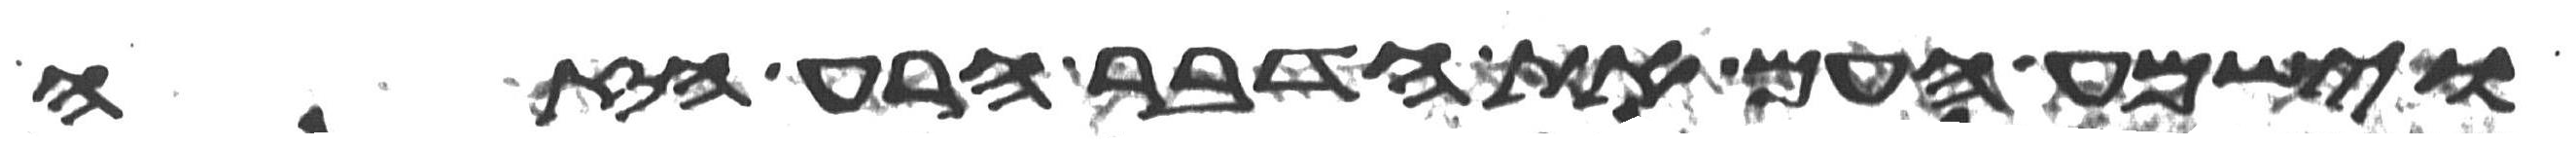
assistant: וישמע העם את הדבר הרע הזה